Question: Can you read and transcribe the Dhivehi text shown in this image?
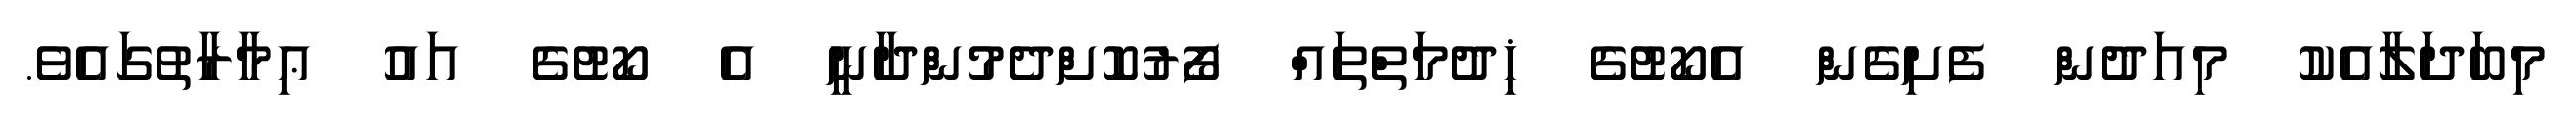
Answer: މިބަދަލާއެކު މިއަދުން ފެށިގެން އެކޯޓުގެ ޚިދުމަތްތައް ފޯރުކޮށްދެމުންދާނީ އެ ކޯޓުގެ އައު ޢިމާރާތުގައެވެ.